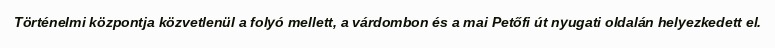
Történelmi központja közvetlenül a folyó mellett, a várdombon és a mai Petőfi út nyugati oldalán helyezkedett el.